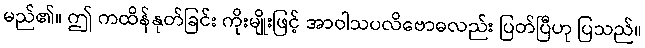
မည်၏။ ဤ ကထိန်နုတ်ခြင်း ကိုးမျိုးဖြင့် အာဝါသပလိဗောဓလည်း ပြတ်ပြီဟု ပြသည်။